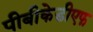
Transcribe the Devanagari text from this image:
पीबीकेडीएफ